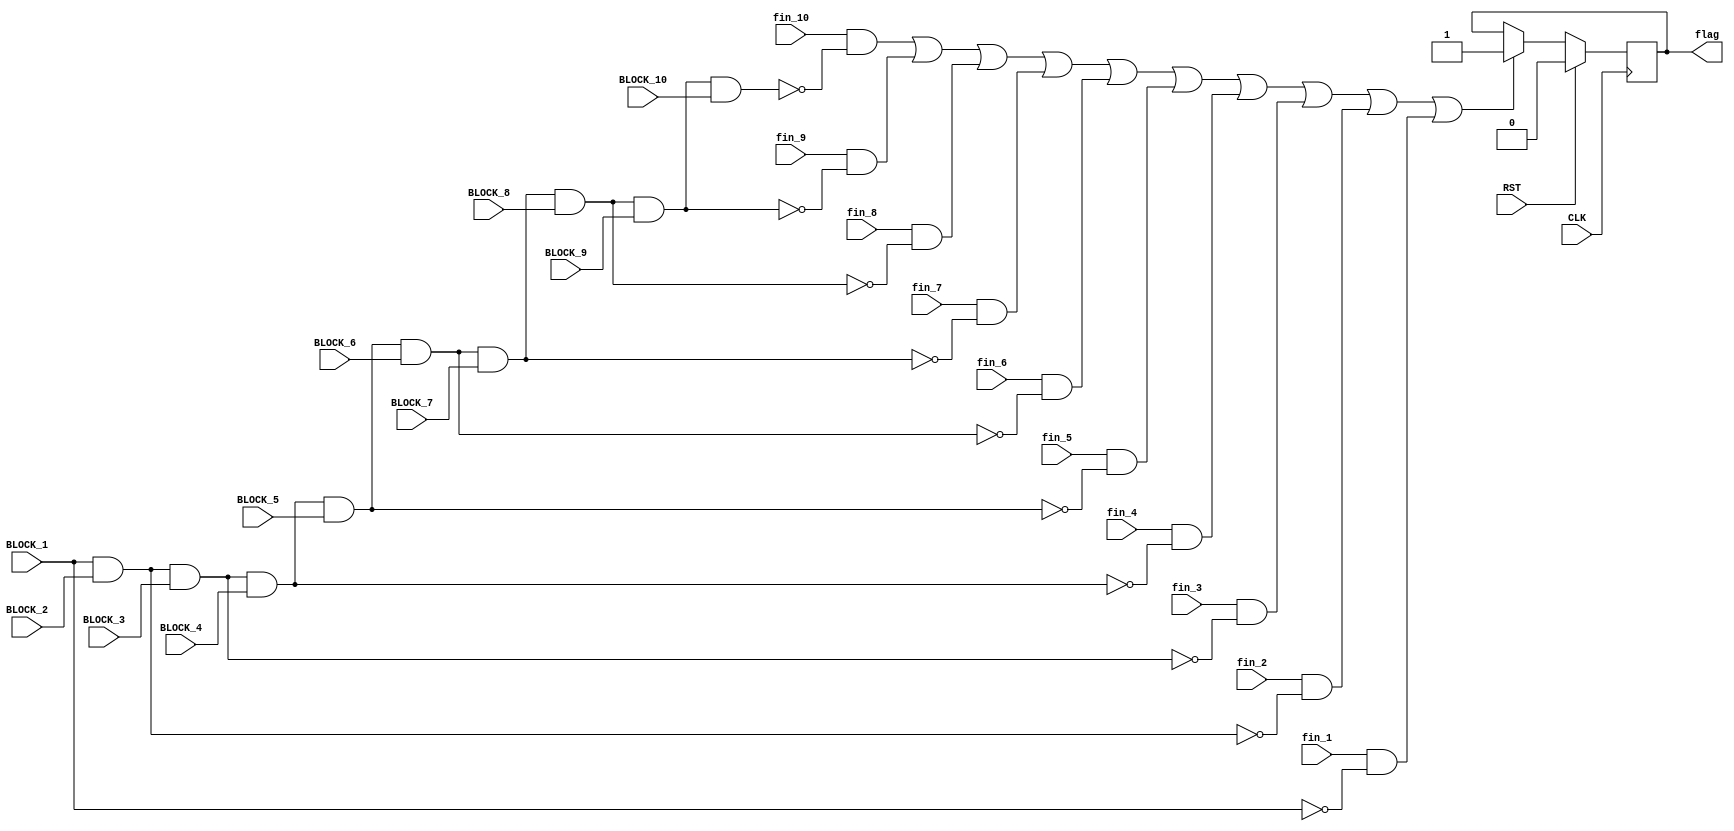
`timescale 1ns / 1ps
//////////////////////////////////////////////////////////////////////////////////
// Company: 
// Engineer: 
// 
// Design Name: 
// Module Name: FAILURE
// Project Name: 
// Target Devices: 
// Tool Versions: 
// Description: 
// 
// Dependencies: 
// 
// Revision:
// Revision 0.01 - File Created
// Additional Comments:
// 
//////////////////////////////////////////////////////////////////////////////////


module FAILURE(CLK, RST, fin_1, fin_2, fin_3, fin_4, fin_5, fin_6, fin_7, fin_8, fin_9, fin_10, BLOCK_1, BLOCK_2, BLOCK_3, BLOCK_4, BLOCK_5, BLOCK_6, BLOCK_7, BLOCK_8, BLOCK_9, BLOCK_10, flag);
    input CLK, RST;
    input fin_1, fin_2, fin_3, fin_4, fin_5, fin_6, fin_7, fin_8, fin_9, fin_10;
    input [11:0] BLOCK_1, BLOCK_2, BLOCK_3, BLOCK_4, BLOCK_5, BLOCK_6, BLOCK_7, BLOCK_8, BLOCK_9, BLOCK_10;
    output reg flag = 1'b0;
    
    always @(posedge CLK) begin
        if(RST == 1'b1) begin
            flag <= 1'b0;
        end else begin
            if(((fin_10 == 1'b1) && ((BLOCK_1 & BLOCK_2 & BLOCK_3 & BLOCK_4 & BLOCK_5 & BLOCK_6 & BLOCK_7 & BLOCK_8 & BLOCK_9 & BLOCK_10) == 12'b0)) ||
               ((fin_9 == 1'b1) && ((BLOCK_1 & BLOCK_2 & BLOCK_3 & BLOCK_4 & BLOCK_5 & BLOCK_6 & BLOCK_7 & BLOCK_8 & BLOCK_9) == 12'b0)) ||
               ((fin_8 == 1'b1) && ((BLOCK_1 & BLOCK_2 & BLOCK_3 & BLOCK_4 & BLOCK_5 & BLOCK_6 & BLOCK_7 & BLOCK_8) == 12'b0)) ||
               ((fin_7 == 1'b1) && ((BLOCK_1 & BLOCK_2 & BLOCK_3 & BLOCK_4 & BLOCK_5 & BLOCK_6 & BLOCK_7) == 12'b0)) ||
               ((fin_6 == 1'b1) && ((BLOCK_1 & BLOCK_2 & BLOCK_3 & BLOCK_4 & BLOCK_5 & BLOCK_6) == 12'b0)) ||
               ((fin_5 == 1'b1) && ((BLOCK_1 & BLOCK_2 & BLOCK_3 & BLOCK_4 & BLOCK_5) == 12'b0)) ||
               ((fin_4 == 1'b1) && ((BLOCK_1 & BLOCK_2 & BLOCK_3 & BLOCK_4) == 12'b0)) ||
               ((fin_3 == 1'b1) && ((BLOCK_1 & BLOCK_2 & BLOCK_3) == 12'b0)) ||
               ((fin_2 == 1'b1) && ((BLOCK_1 & BLOCK_2) == 12'b0)) ||
               ((fin_1 == 1'b1) && (BLOCK_1 == 12'b0))) begin
                 flag <= 1'b1;
            end
        end
    end
            
endmodule